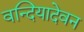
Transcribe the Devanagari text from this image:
वन्दियादेवन